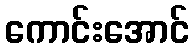
ကောင်းအောင်